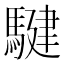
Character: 騝